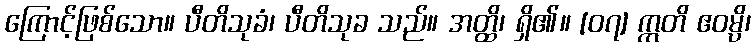
ကြောင့်ဖြစ်သော။ ပီတိသုခံ၊ ပီတိသုခ သည်။ အတ္ထိ၊ ရှိ၏။ [၀၇] ဣတိ ဧဝမ္ပိ၊